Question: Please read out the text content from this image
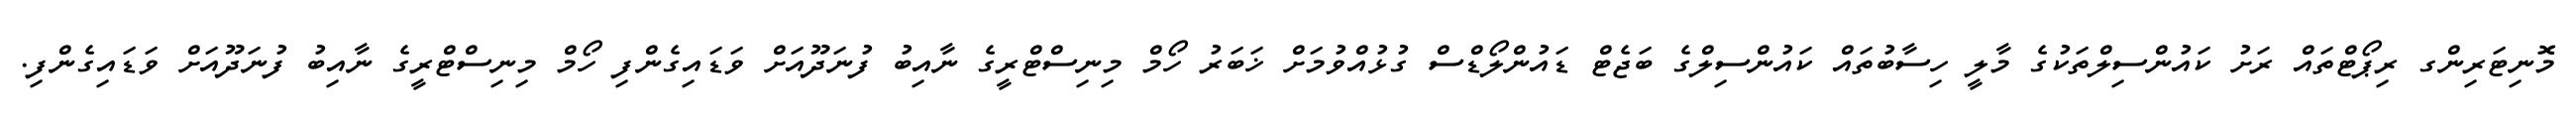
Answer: މޮނިޓަރިންގ ރިޕޯޓްތައް ރަށު ކައުންސިލްތަކުގެ މާލީ ހިސާބުތައް ކައުންސިލްގެ ބަޖެޓް ޑައުންލޯޑްސް ގުޅުއްވުމަށް ޚަބަރު ހޯމް މިނިސްޓްރީގެ ނާއިބު ފުނަދޫއަށް ވަޑައިގެންފި ހޯމް މިނިސްޓްރީގެ ނާއިބު ފުނަދޫއަށް ވަޑައިގެންފި.